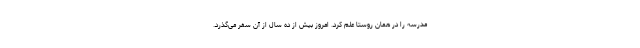
مدرسه را در همان روستا علم کرد. امروز بیش از ده سال از آن سفر می‌گذرد.